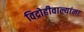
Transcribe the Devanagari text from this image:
विद्रोहीवाल्यांना